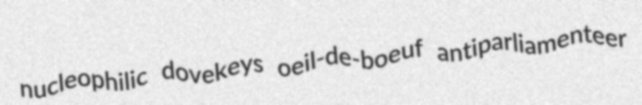
nucleophilic dovekeys oeil-de-boeuf antiparliamenteer